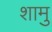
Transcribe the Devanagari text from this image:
शामु